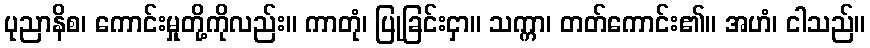
ပုညာနိစ၊ ကောင်းမှုတို့ကိုလည်း။ ကာတုံ၊ ပြုခြင်းငှာ။ သက္ကာ၊ တတ်ကောင်း၏။ အဟံ၊ ငါသည်။